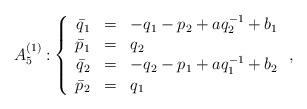
LaTeX: \begin{align*} A_5^{(1)}:& \left\{\begin{array}{rcl} \bar{q}_1&=&-q_1-p_2+aq_2^{-1}+b_1\\\bar{p}_1&=&q_2\\\bar{q}_2&=&-q_2-p_1+aq_1^{-1}+b_2\\\bar{p}_2&=&q_1\\\end{array} \right.,\end{align*}